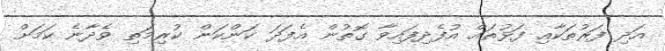
އަދި ފަރުތަކާއި ފަޅުތައް އުފެދިފައިވާ ގޮތުން އެފަދަ ކަންކަން ކުރިމަތި ވެދާނެ ކަމަށް